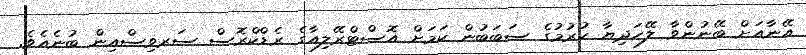
އޭނާއަށް ބޭނުންވާ ލޭހަދިޔާ ކުރުމުގެ ސަބަބުން ކަމަށް އޮސްޓްރޭލިއާގެ ރެޑްކްރޮސް ސަރވިސްއިން ބުނެއެވެ.